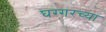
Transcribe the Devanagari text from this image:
घग्गरच्या